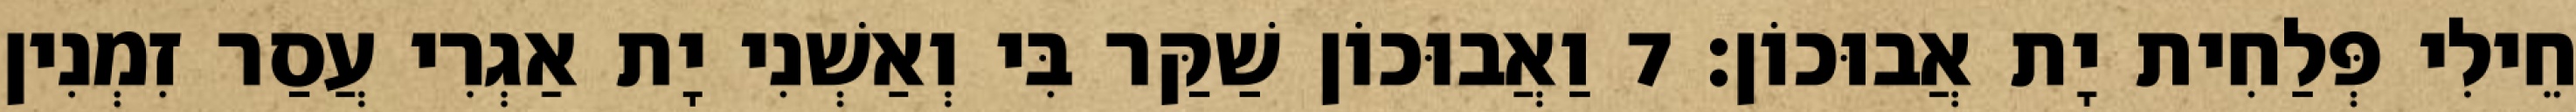
חֵילִי פְּלַחִית יָת אֲבוּכוֹן׃ 7 וַאֲבוּכוֹן שַׁקַּר בִּי וְאַשְׁנִי יָת אַגְרִי עֲסַר זִמְנִין